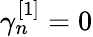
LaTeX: \gamma_{n}^{[1]}=0